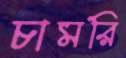
চামরি